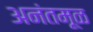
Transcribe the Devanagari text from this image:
अनंतमूळ